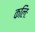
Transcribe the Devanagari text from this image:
कलिः